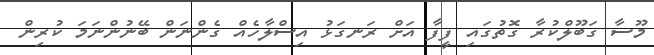
މޫސާ ގަބޫލްކުރާ ގޮތުގައި ފީފާ އަށް ރަނގަޅު އިސްލާހެއް ގެންނަން ބޭނުންނަމަ ކުރިން